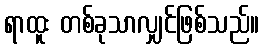
ရာထူး တစ်ခုသာလျှင်ဖြစ်သည်။